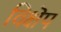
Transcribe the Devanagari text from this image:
विक्षॆप